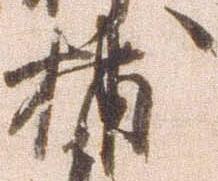
捕